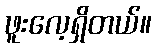
ဖူးလေ့ရှိတယ်။